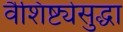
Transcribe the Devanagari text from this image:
वैशिष्ट्येसुद्धा